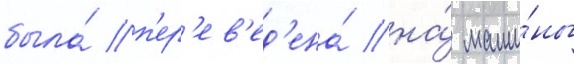
была́ п'ер'ев'ед'ена́ на́ маши́ны